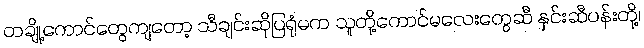
တချို့ကောင်တွေကျတော့ သီချင်းဆိုပြရုံမက သူတို့ကောင်မလေးတွေဆီ နှင်းဆီပန်းတို့၊